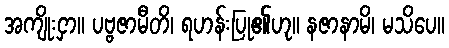
အကျိုးငှာ။ ပဗ္ဗဇာမီတိ၊ ရဟန်းပြု၏ဟု။ နဇာနာမိ၊ မသိပေ။